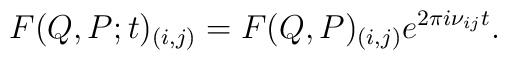
F(Q,P;t)_{(i,j)}=F(Q,P)_{(i,j)}e^{2{\pi}i{\nu}_{ij}t}.